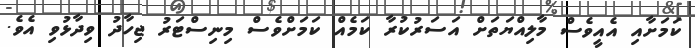
ކަމަށާއި އެއީވެސް މާލިއްޔަތަށް އަސަރުކުރާ ކަމެއް ކަމަށްވެސް މިނިސްޓަރު ޖިހާދު ވިދާޅުވި އެވެ.